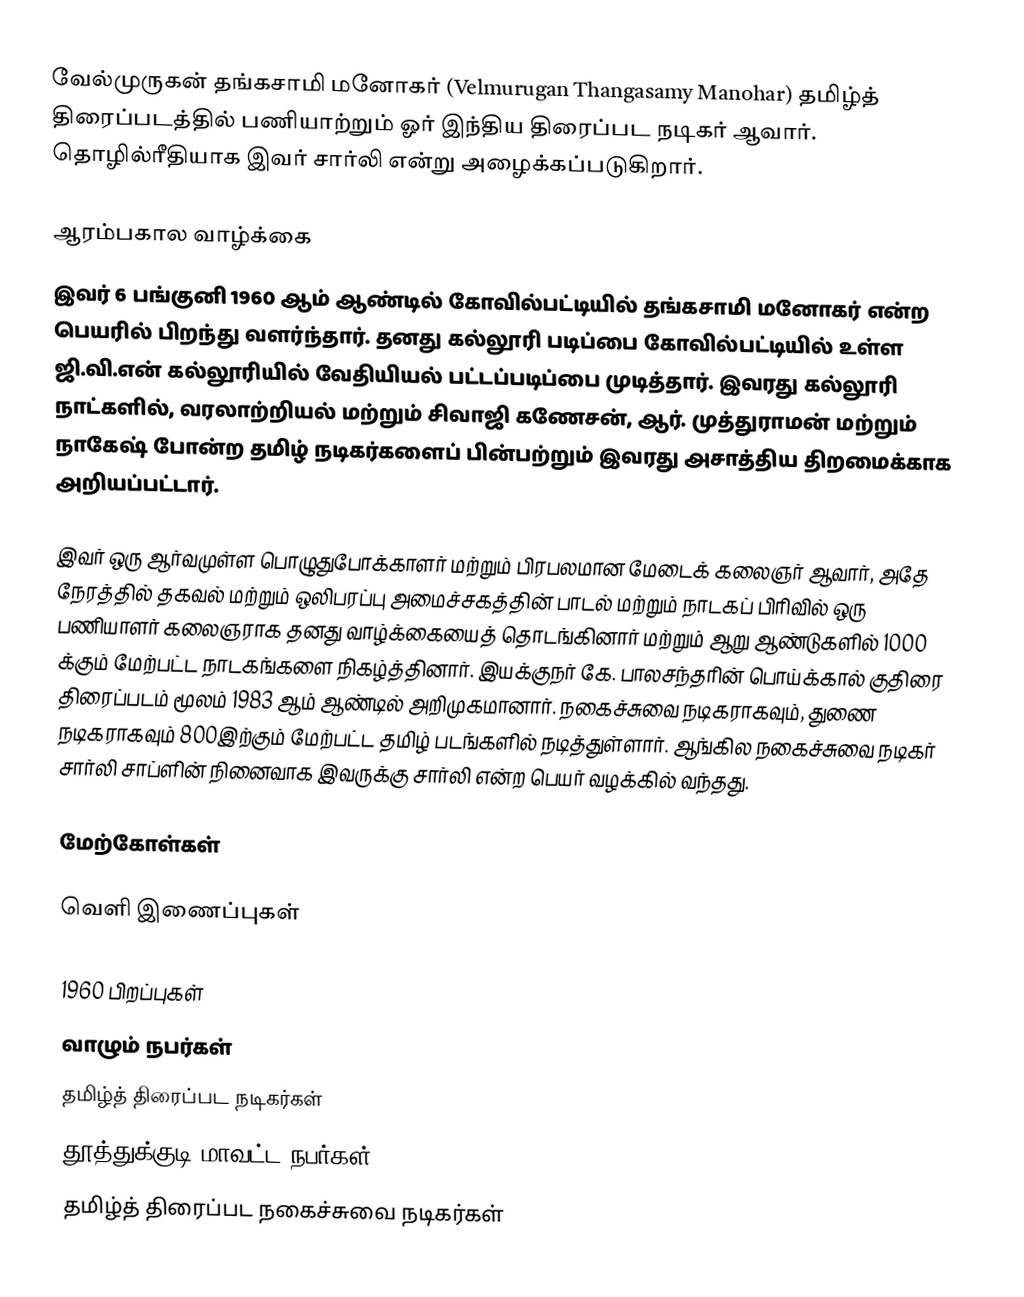
வேல்முருகன் தங்கசாமி மனோகர் (Velmurugan Thangasamy Manohar) தமிழ்த் திரைப்படத்தில் பணியாற்றும் ஓர் இந்திய திரைப்பட நடிகர் ஆவார். தொழில்ரீதியாக இவர் சார்லி என்று அழைக்கப்படுகிறார்.

ஆரம்பகால வாழ்க்கை
இவர் 6 பங்குனி 1960 ஆம் ஆண்டில் கோவில்பட்டியில் தங்கசாமி மனோகர் என்ற பெயரில் பிறந்து வளர்ந்தார். தனது கல்லூரி படிப்பை கோவில்பட்டியில் உள்ள ஜி.வி.என் கல்லூரியில் வேதியியல் பட்டப்படிப்பை முடித்தார். இவரது கல்லூரி நாட்களில், வரலாற்றியல் மற்றும் சிவாஜி கணேசன், ஆர். முத்துராமன் மற்றும் நாகேஷ் போன்ற தமிழ் நடிகர்களைப் பின்பற்றும் இவரது அசாத்திய திறமைக்காக அறியப்பட்டார்.

இவர் ஒரு ஆர்வமுள்ள பொழுதுபோக்காளர் மற்றும் பிரபலமான மேடைக் கலைஞர் ஆவார், அதே நேரத்தில் தகவல் மற்றும் ஒலிபரப்பு அமைச்சகத்தின் பாடல் மற்றும் நாடகப் பிரிவில் ஒரு பணியாளர் கலைஞராக தனது வாழ்க்கையைத் தொடங்கினார் மற்றும் ஆறு ஆண்டுகளில் 1000 க்கும் மேற்பட்ட நாடகங்களை நிகழ்த்தினார். இயக்குநர் கே. பாலசந்தரின் பொய்க்கால் குதிரை திரைப்படம் மூலம் 1983 ஆம் ஆண்டில் அறிமுகமானார். நகைச்சுவை நடிகராகவும், துணை நடிகராகவும் 800இற்கும் மேற்பட்ட தமிழ் படங்களில் நடித்துள்ளார். ஆங்கில நகைச்சுவை நடிகர் சார்லி சாப்ளின் நினைவாக இவருக்கு சார்லி என்ற பெயர் வழக்கில் வந்தது.

மேற்கோள்கள்

வெளி இணைப்புகள்

1960 பிறப்புகள்
வாழும் நபர்கள்
தமிழ்த் திரைப்பட நடிகர்கள்
தூத்துக்குடி மாவட்ட நபர்கள்
தமிழ்த் திரைப்பட நகைச்சுவை நடிகர்கள்